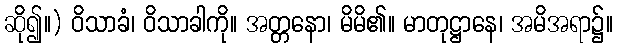
ဆို၍။) ဝိသာခံ၊ ဝိသာခါကို။ အတ္တနော၊ မိမိ၏။ မာတုဋ္ဌာနေ၊ အမိအရာ၌။